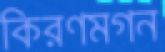
কিরণমগন